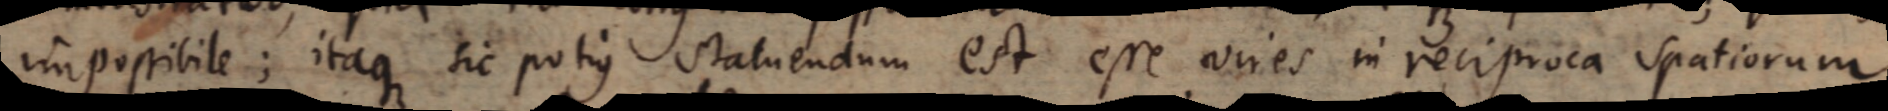
impossibile; itaque sic potius statuendum est esse vires in reciproca spatiorum